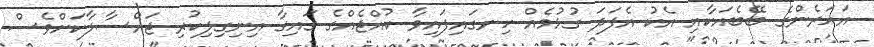
އަހަރެންގެ ބޭބެއަކާއި އެކު އެފަދަ ގުޅުމެއް ހިނގައިފައިވާ ކުއްޖެއްގެ ގައިގާ އިނިގިލިކުރި ޖައްސާލާކަށްވެސް